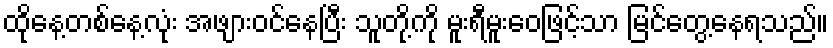
ထိုနေ့တစ်နေ့လုံး အဖျားဝင်နေပြီး သူတို့ကို မူးရီမူးဝေဖြင့်သာ မြင်တွေ့နေရသည်။